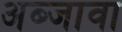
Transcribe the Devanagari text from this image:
अब्जावा